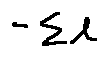
- \sum l